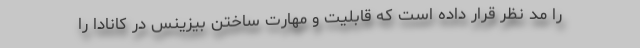
را مد نظر قرار داده است که قابلیت و مهارت ساختن بیزینس در کانادا را